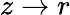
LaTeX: z\rightarrow r